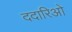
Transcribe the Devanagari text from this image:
ददारिओ